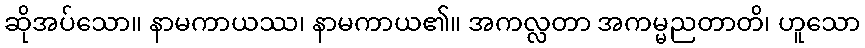
ဆိုအပ်သော။ နာမကာယဿ၊ နာမကာယ၏။ အကလ္လတာ အကမ္မညတာတိ၊ ဟူသော